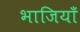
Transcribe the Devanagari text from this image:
भाजियाँ